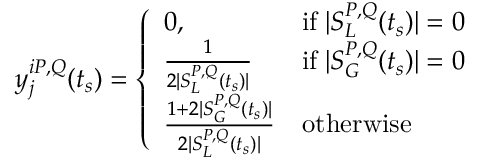
y _ { j } ^ { i P , Q } ( t _ { s } ) = \left\{ \begin{array} { l l } { 0 , } & { \mathrm { i f } \; | S _ { L } ^ { P , Q } ( t _ { s } ) | = 0 } \\ { \frac { 1 } { 2 | S _ { L } ^ { P , Q } ( t _ { s } ) | } } & { \mathrm { i f } \; | S _ { G } ^ { P , Q } ( t _ { s } ) | = 0 } \\ { \frac { 1 + 2 | S _ { G } ^ { P , Q } ( t _ { s } ) | } { 2 | S _ { L } ^ { P , Q } ( t _ { s } ) | } } & { \mathrm { o t h e r w i s e } } \end{array} \right.